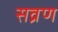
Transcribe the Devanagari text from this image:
सव्रण